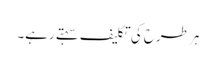
ہر طرح کی تکلیف سہتے رہے۔